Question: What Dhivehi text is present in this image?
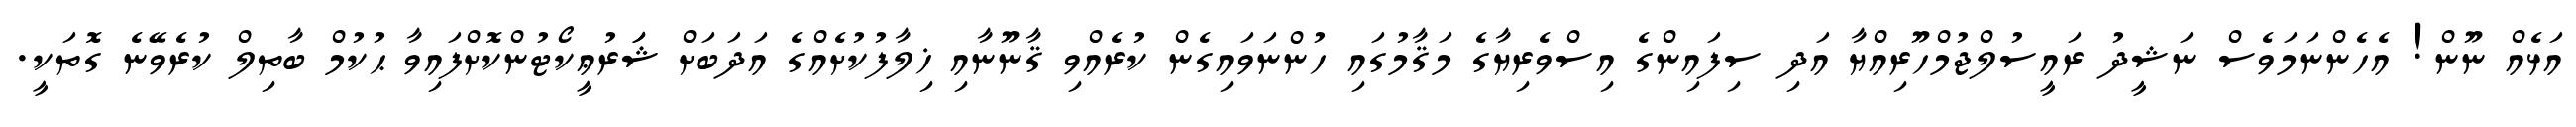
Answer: އަޅެއް ނޫން! އެހެންނަމަވެސް ނަޝީދު ރައީސުލްޖުމްހޫރިއްޔާ އަދި ސިފައިންގެ އިސްވެރިޔާގެ މަޤާމުގައި ހުންނަވައިގެން ކުރެއްވި ޤާނޫނާއި ޚިލާފުކުށެއްގެ އަދަބަށް ޝަަރުޢީކޯޓުންކޮށްފައިވާ ޙުކުމް ބާތިލް ކުރެވޭނެ ގޮތަކީ.